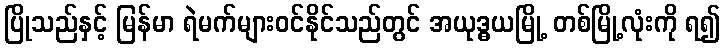
ပြိုသည်နှင့် မြန်မာ ရဲမက်များဝင်နိုင်သည်တွင် အယုဒ္ဓယမြို့ တစ်မြို့လုံးကို ရ၍